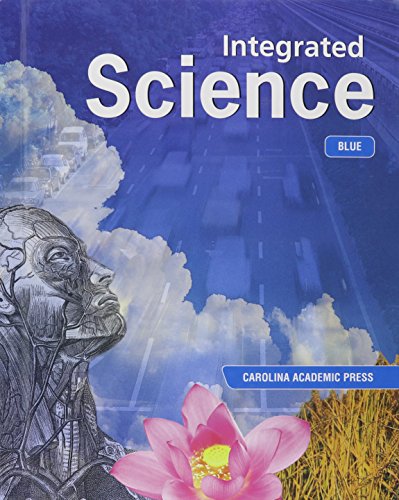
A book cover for Integrated Science Level Blue 7th Grade Textbook; Carolina Academic Press; Teen & Young Adult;